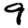
Digit: 9